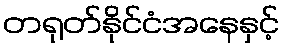
တရုတ်နိုင်ငံအနေနှင့်